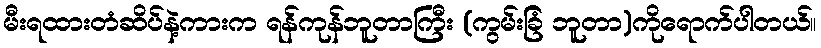
မီးရထားတံဆိပ်နဲ့ကားက ရန်ကုန်ဘူတာကြီး (ကွမ်းခြံ ဘူတာ)ကိုရောက်ပါတယ်။